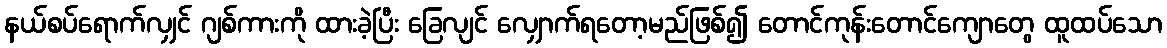
နယ်စပ်ရောက်လျှင် ဂျစ်ကားကို ထားခဲ့ပြီး ခြေလျင် လျှောက်ရတော့မည်ဖြစ်၍ တောင်ကုန်းတောင်ကျောတွေ ထူထပ်သော